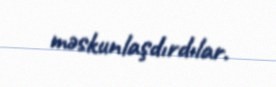
məskunlaşdırdılar.